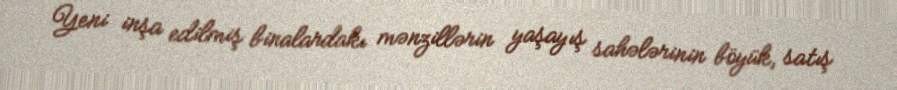
Yeni inşa edilmiş binalardakı mənzillərin yaşayış sahələrinin böyük, satış